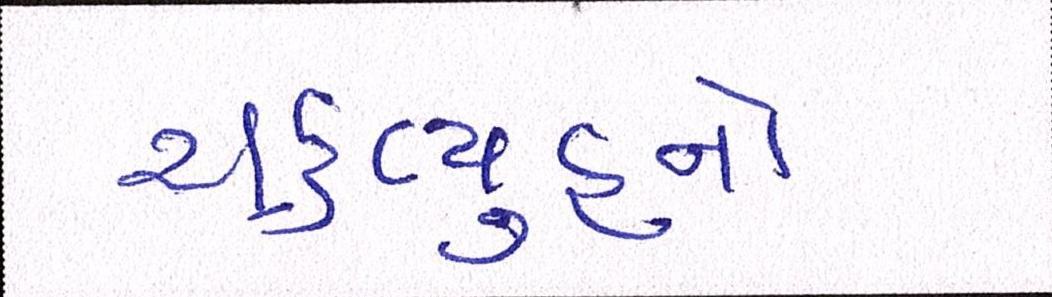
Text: ચક્રવ્યૂહને